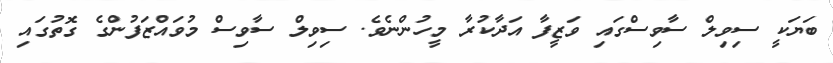
ބަޔަކީ ސިވިލް ސާވިސްގައި ވަޒީފާ އަދާކުރާ މީހުންނެވެ. ސިވިލް ސާވިސް މުވައްޒަފުންގެ ގޮތުގައި